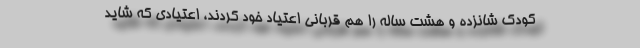
کودک شانزده و هشت ساله را هم قربانی اعتیاد خود کردند، اعتیادی که شاید